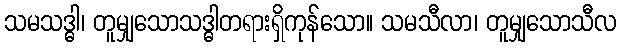
သမသဒ္ဓါ၊ တူမျှသောသဒ္ဓါတရားရှိကုန်သော။ သမသီလာ၊ တူမျှသောသီလ